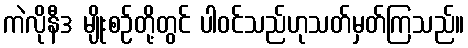
ကဲလိုနီဒ မျိုးစဉ်တို့တွင် ပါဝင်သည်ဟုသတ်မှတ်ကြသည်။